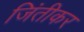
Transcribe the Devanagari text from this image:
जिंतीकर